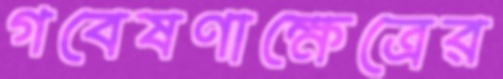
গবেষণাক্ষেত্রের